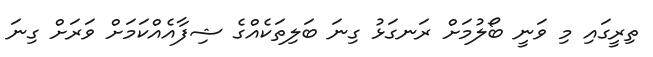
ތިރީގައި މި ވަނީ ބޯލުމަށް ރަނގަޅު ގިނަ ބަލިތަކެއްގެ ޝިފާއެއްކަމަށް ވަރަށް ގިނަ